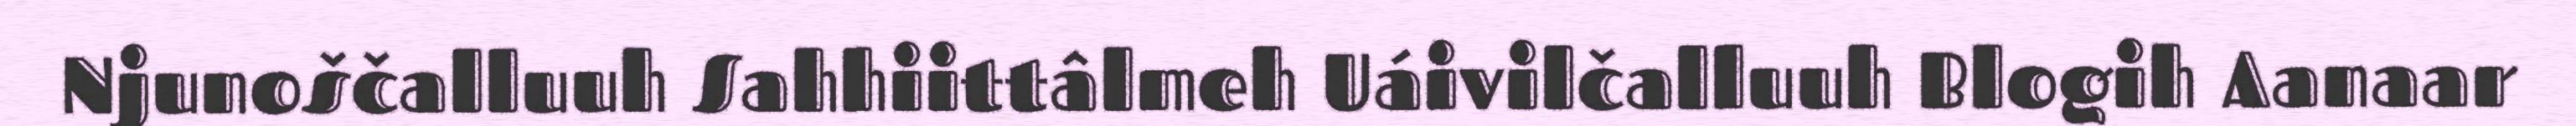
Njunoščalluuh Sahhiittâlmeh Uáivilčalluuh Blogih Aanaar